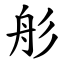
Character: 䑣